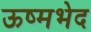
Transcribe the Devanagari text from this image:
ऊष्मभेद